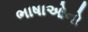
ભાષાઓનો